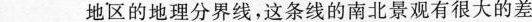
___地区的地理分界线，这条线的南北景观有很大的差